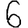
Digit: 6